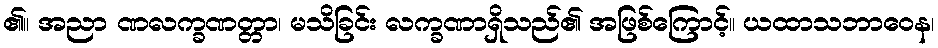
၏။ အညာ ဏလက္ခဏတ္တာ၊ မသိခြင်း လက္ခဏာရှိသည်၏ အဖြစ်ကြောင့်။ ယထာသဘာဝေန၊